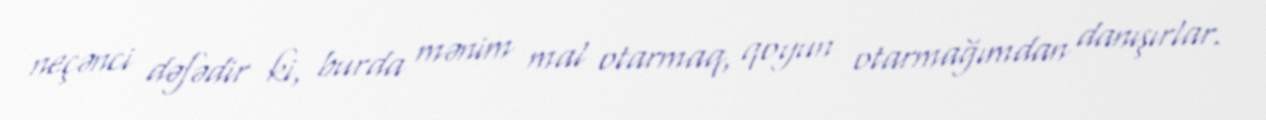
neçənci dəfədir ki, burda mənim mal otarmaq, qoyun otarmağımdan danışırlar.